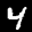
Label: 4